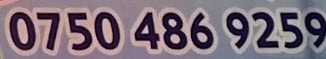
0750 486 9259